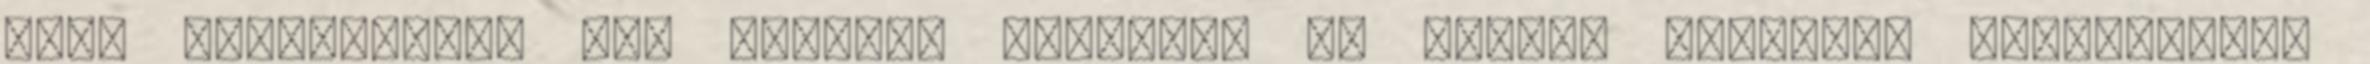
vagy albumokról, itt mindent megtalál Az online rendelés egyszerűbb,